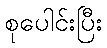
စုပေါင်းပြီး